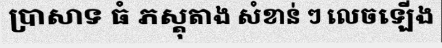
ប្រាសាទ ធំ ភស្តុតាង សំខាន់ ៗ លេចឡើង